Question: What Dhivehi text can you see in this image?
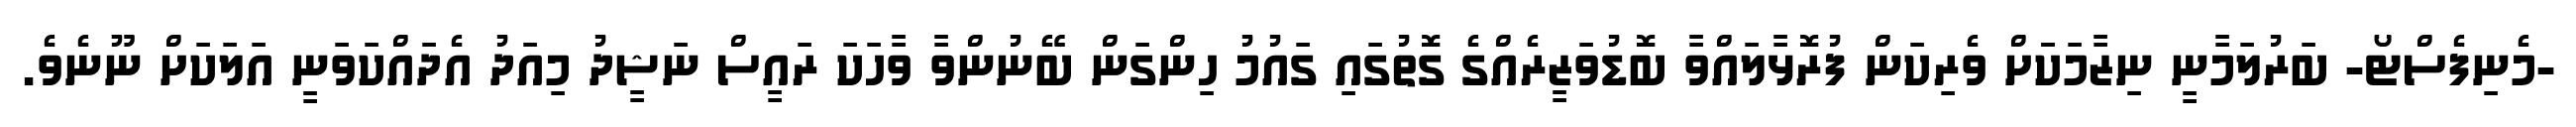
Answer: -މެނިފެސްޓޯ- ބަރުލަމާނީ ނިޒާމަކަަށް ވެރިކަން ފުރޮޅާލައްވާ ބޮޑުވަޒީރެއްގެ ގޮތުގައި ގައުމު ހިންގަން ބޭނުންވާ ވާހަކަ ރައީސް ނަޝީދު މިއަދު އެދައްކަވަނީ އަލަކަށް ނޫނެވެ.